Civil Veterinary Dept. Assam report 1927-50 - 1927-1950
Year: 1927
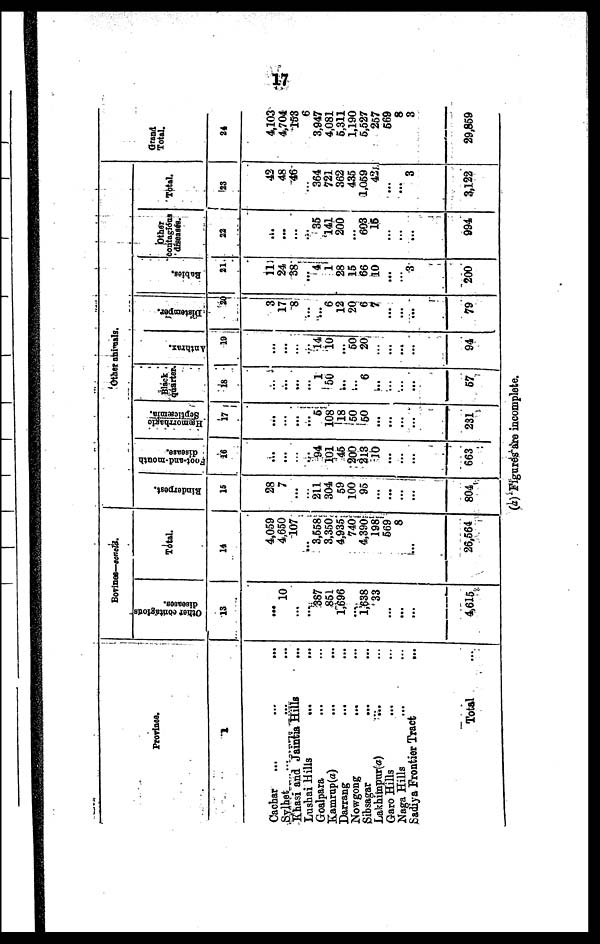
17
Province.
1
Cachar
...
...
...
Sylhet ... ... ...
Khasi and Jaintia Hills ...
Lushai Hills
... ...
Goalpara ... ...
Kamrup(a)
...
...
Darrang
... ...
Nowgong
... ...
Sibsagar
...
...
Lakhimpur(a)
... ...
Garo Hills ... ...
Naga Hills ... ...
Sadiya Frontier Tract
...
Total ...
Bovines—concld.
Other contagious
diseases.
13
...
10
...
....
387
851
1,696
...
1,638
33
...
...
...
4,615
Total.
14
4,059
4,650
107
...
3,558
3,350
4,935
740
4,390
198
569
8
...
26,564
Other animals.
Rinderpest.
15
28
7
...
...
211
304
59
100
95
...
...
...
...
804
Foot-and-mouth
disease.
16
...
...
...
...
94
101
45
200
213
10
...
...
...
663
Hæm
Septicæmia.
17
...
...
...
...
5
108
18
50
50
...
...
...
...
231
Black
quarter.
18
...
...
...
...
1
50
...
...
6
...
...
...
...
67
Anthrax.
19
...
...
...
...
14
10
...
60
20
...
...
...
...
94
Distemper.
20
3
17
8
...
...
6
12
20
6
7
...
...
...
79
Rabies.
21
11
24
38
...
4
1
28
15
66
10
...
...
3
200
Other
contagious
diseases.
23
...
...
...
...
35
141
200
...
603
16
...
...
...
994
Total.
23
42
48
46
...
364
721
362
435
1,059
42
...
...
3
3,122
Grand
Total.
24
4,103
4,704
153
6
3,947
4,081
6,311
1,190
5,527
257
669
8
3
29,869
(a) Figures are incomplete.